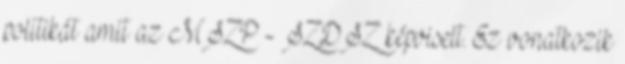
politikát amit az MSZP - SZDSZ képviselt. Ez vonatkozik